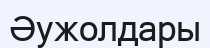
Әужолдары